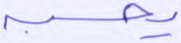
يحسبه